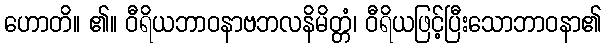
ဟောတိ။ ၏။ ဝီရိယဘာဝနာဗဘလနိမိတ္တံ၊ ဝီရိယဖြင့်ပြီးသောဘာဝနာ၏